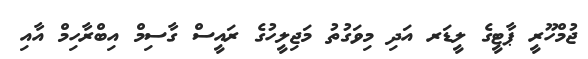
ޖުމްހޫރީ ޕާޓީގެ ލީޑަރ އަދި މިވަގުތު މަޖިލީހުގެ ރައީސް ގާސިމް އިބްރާހިމް އާއި